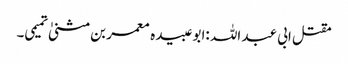
مقتل ابی عبد اللہ :ابو عبیدہ معمر بن مثنیٰ تمیمی۔